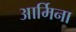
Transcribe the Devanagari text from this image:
आर्मिना